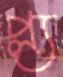
প্ল্য